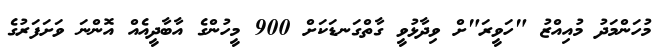
މުހަންމަދު މުއިއްޒު "ހަވީރަ"ށް ވިދާޅުވީ ގާތްގަނޑަކަށް 900 މީހުންގެ އާބާދީއެއް އޮންނަ ވަށަފަރުގެ